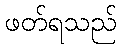
ဖတ်ရသည်